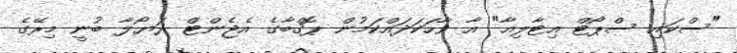
"ސްކައި ސްޕޯޓް އިޓާލިއާ" އާ ވާހަކަދައްކަމުން ޕޮގްބާގެ އެޖެންޓް ރަޔޯލާ ބުނީ މިރޭގެ